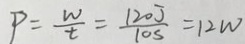
P = \frac { W } { t } = \frac { 1 2 0 J } { 1 0 s } = 1 2 w